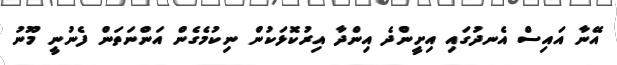
އޭނާ އައިސް އެނދުގައި އިށީންދެ އިންދާ އިރުކޮޅަކުން ނިކުމެގެން އަންނަތަން ފެނުނީ މޫނު